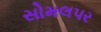
સોમલપર